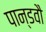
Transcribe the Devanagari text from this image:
पान्डवौ